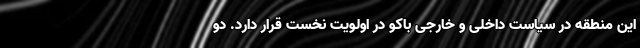
این منطقه در سیاست داخلی و خارجی باکو در اولویت نخست قرار دارد. دو